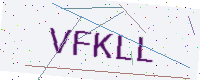
Text: VFKLL